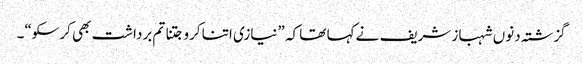
گزشتہ دنوں شہباز شریف نے کہا تھا کہ ”نیازی اتنا کرو جتنا تم برداشت بھی کرسکو“۔